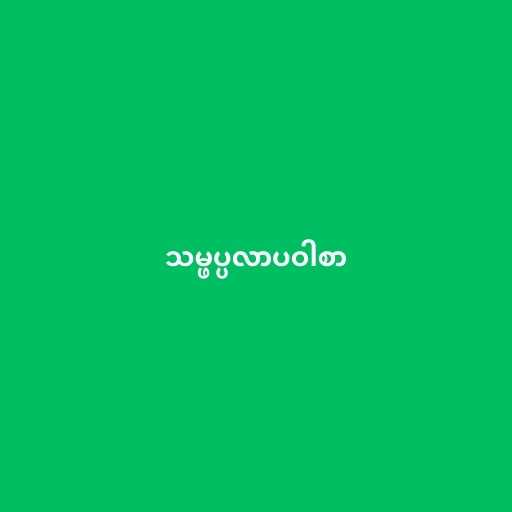
သမ္ဖပ္ပလာပဝါစာ